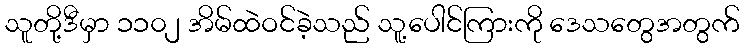
သူတို့ဒီမှာ ၁၁၀၂ အိမ်ထဲဝင်ခဲ့သည် သူ့ပေါင်ကြားကို ဒေသတွေအတွက်